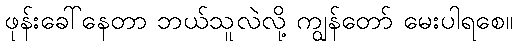
ဖုန်းခေါ်နေတာ ဘယ်သူလဲလို့ ကျွန်တော် မေးပါရစေ။